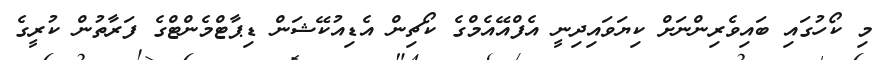
މި ކޯހުގައި ބައިވެރިންނަށް ކިޔަވައިދިނީ އެފްއޭއެމްގެ ކޯޗިން އެޑިއުކޭޝަން ޑިޕާޓްމެންޓްގެ ފަރާތުން ކުރީގެ